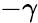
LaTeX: -\gamma